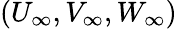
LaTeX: ({U_{\infty}},{V_{\infty}},{W_{\infty}})